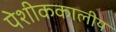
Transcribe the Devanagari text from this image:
पेशीककालीय